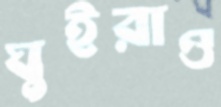
ঘুইরাও